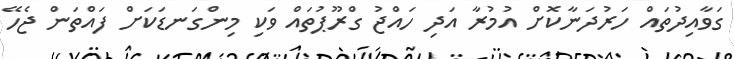
ގަވާއިދުތައް ހަރުދަނާކޮށް އުމުރާ އަދި ހައްޖު ގްރޫޕުތައް ވަކި މިންގަނޑަކަށް ފައްތަން ޖެހޭ